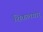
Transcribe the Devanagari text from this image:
शिकलगार्